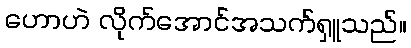
ဟောဟဲ လိုက်အောင်အသက်ရှူသည်။